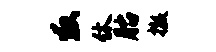
救休胎撤